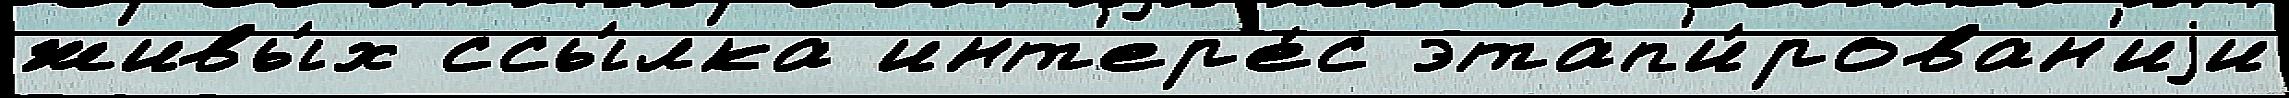
живы́х ссы́лка инт'ер'е́с этап'и́рован'иjи